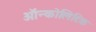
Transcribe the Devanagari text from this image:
ऑन्कोलिटिक